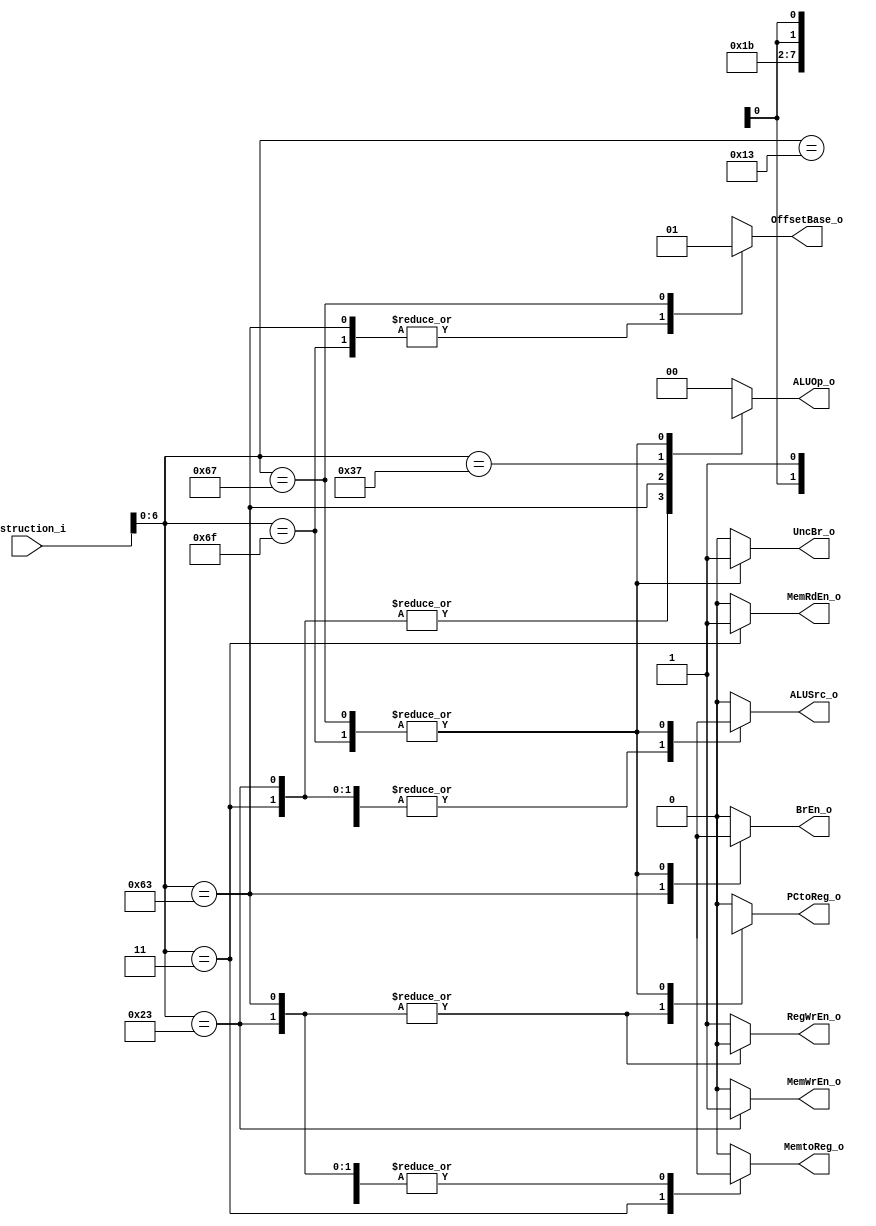
module ControlUnit (
    input [31:0] Instruction_i,
    output reg ALUSrc_o, OffsetBase_o, BrEn_o, UncBr_o, MemWrEn_o, MemRdEn_o, MemtoReg_o, RegWrEn_o, PCtoReg_o,
    output reg [1:0] ALUOp_o
    );

    parameter R_type    = 7'b0110011,
              Imm_A_L   = 7'b0010011,
              Load      = 7'b0000011,
              Store     = 7'b0100011,
              SB_type   = 7'b1100011,
              Lui       = 7'b0110111,
              jal       = 7'b1101111,
              jalr      = 7'b1100111;

    wire [6:0] Opcode;
    assign Opcode = Instruction_i[6:0];

    always@ (*) begin 
        case (Opcode)
            R_type: begin
               ALUOp_o = 2'b00; ALUSrc_o = 1'b0; OffsetBase_o = 1'bx; BrEn_o = 1'b0; UncBr_o = 1'b0; MemWrEn_o = 1'b0; MemRdEn_o = 1'b0; MemtoReg_o = 1'b0; RegWrEn_o = 1'b1; PCtoReg_o = 1'b0;
            end

            Imm_A_L: begin
               ALUOp_o = 2'b00; ALUSrc_o = 1'b1; OffsetBase_o = 1'bx; BrEn_o = 1'b0; UncBr_o = 1'b0; MemWrEn_o = 1'b0; MemRdEn_o = 1'b0; MemtoReg_o = 1'b0; RegWrEn_o = 1'b1; PCtoReg_o = 1'b0;
            end

            Load: begin
               ALUOp_o = 2'b01; ALUSrc_o = 1'b1; OffsetBase_o = 1'bx; BrEn_o = 1'b0; UncBr_o = 1'b0; MemWrEn_o = 1'b0; MemRdEn_o = 1'b1; MemtoReg_o = 1'b1; RegWrEn_o = 1'b1; PCtoReg_o = 1'b0;
            end

            Store: begin
               ALUOp_o = 2'b01; ALUSrc_o = 1'b1; OffsetBase_o = 1'bx; BrEn_o = 1'b0; UncBr_o = 1'b0; MemWrEn_o = 1'b1; MemRdEn_o = 1'b0; MemtoReg_o = 1'bx; RegWrEn_o = 1'b0; PCtoReg_o = 1'bx;
            end

            SB_type: begin
               ALUOp_o = 2'b10; ALUSrc_o = 1'b0; OffsetBase_o = 1'b0; BrEn_o = 1'b1; UncBr_o = 1'b0; MemWrEn_o = 1'b0; MemRdEn_o = 1'b0; MemtoReg_o = 1'bx; RegWrEn_o = 1'b0; PCtoReg_o = 1'bx;
            end
            
            Lui: begin
               ALUOp_o = 2'b11; ALUSrc_o = 1'b1; OffsetBase_o = 1'bx; BrEn_o = 1'b0; UncBr_o = 1'b0; MemWrEn_o = 1'b0; MemRdEn_o = 1'b0; MemtoReg_o = 1'b0; RegWrEn_o = 1'b1; PCtoReg_o = 1'b0;
            end

            jal: begin
               ALUOp_o = 2'bxx; ALUSrc_o = 1'bx; OffsetBase_o = 1'b0; BrEn_o = 1'bx; UncBr_o = 1'b1; MemWrEn_o = 1'b0; MemRdEn_o = 1'b0; MemtoReg_o = 1'bx; RegWrEn_o = 1'b1; PCtoReg_o = 1'b1;
            end

            jalr: begin
               ALUOp_o = 2'bxx; ALUSrc_o = 1'bx; OffsetBase_o = 1'b1; BrEn_o = 1'bx; UncBr_o = 1'b1; MemWrEn_o = 1'b0; MemRdEn_o = 1'b0; MemtoReg_o = 1'bx; RegWrEn_o = 1'b1; PCtoReg_o = 1'b1;
            end

            default: begin
               ALUOp_o = 2'b00; ALUSrc_o = 1'b0; OffsetBase_o = 1'bx; BrEn_o = 1'b0; UncBr_o = 1'b0; MemWrEn_o = 1'b0; MemRdEn_o = 1'b0; MemtoReg_o = 1'b0; RegWrEn_o = 1'b1; PCtoReg_o = 1'b0;
            end

           
        endcase
    end

endmodule